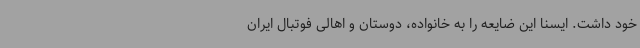
خود داشت. ایسنا این ضایعه را به خانواده، دوستان و اهالی فوتبال ایران